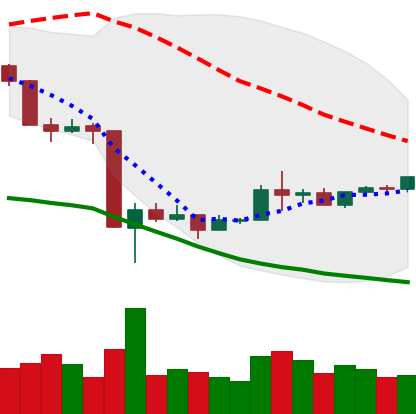
Ticker: BNB-USD
Chart end date: 2020-03-26
Forward return: -4.812%
Label: down_3_5